Lunatic asylums United Prov. 1922-30 - 1922-1930
Year: 1922
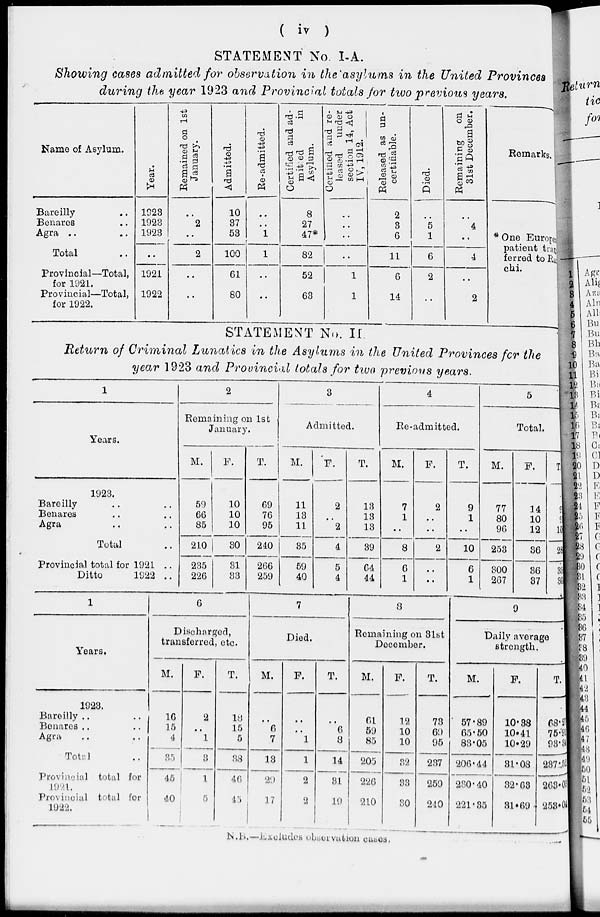
( iv )
STATEMENT No. I-A.
Showing cases admitted for observation in the asylums in the United Provinces
during the year 1923 and Provincial totals for two previous years.
Name of Asylum.
Bareilly ..
Benares ..
Agra .. ..
Total ..
Provincial—Total,
for 1921.
Provincial—Total,
for 1922.
Year.
1923
1923
1923
..
1921
1922
Remained
on 1st
January.
..
2
..
2
..
..
Admitted.
10
37
53
100
61
80
Re-admitted.
..
..
1
1
..
..
Certified and ad-
mitted
in
Asylum.
8
27
47*
82
52
63
Certified
and re-
leased under
section 14, Act
IV, 1912.
..
..
..
..
1
1
Released as un-
certifiable.
2
3
6
11
6
14
Died.
..
5
1
6
2
..
Remaining
on
31st December.
..
4
..
4
..
2
Remarks.
* One European
patient trans-
ferred to Ran-
chi.
STATEMENT No . II.
Return of Criminal Lunatics in the Asylums in the United Provinces for the
year 1923 and Provincial totals for two previous years.
1
Years.
1923.
Bareilly .. ..
Benares .. ..
Agra .. ..
Total ..
Provincial total for 1921 ..
Ditto
1922 ..
2
Remaining on 1st
January.
M.
59
66
85
210
235
226
F.
10
10
10
30
31
33
T.
69
76
95
240
266
259
3
Admitted.
M.
11
13
11
35
59
40
F.
2
..
2
4
5
4
T.
13
13
13
39
64
44
4
Re-admitted.
M.
7
1
..
8
6
1
F.
2
..
..
2
..
..
T.
9
1
..
10
6
1
5
Total.
M.
77
80
96
253
300
267
F.
14
10
12
36
36
87
T.
91
90
108
289
336
354
1
Years.
1923.
Bareilly .. ..
Benares .. ..
Agra .. ..
Total ..
Provincial total for
1921.
Provincial total for
1922.
6
Discharged,
transferred, etc.
M.
16
15
4
35
45
40
F.
2
..
1
3
1
5
T.
18
15
5
38
46
45
7
Died.
M.
..
6
7
13
29
17
F.
..
..
1
1
2
2
T.
..
6
8
14
31
19
8
Remaining on 31st
December.
M.
61
59
85
205
226
210
F.
12
10
10
32
33
30
T.
73
69
95
237
259
240
9
Daily average
strength.
M.
57.89
65.50
83.05
206.44
230.40
221.35
F.
10.38
10.41
10.29
31.08
32.63
31.69
T.
68.27
75.91
98.34
237.52
263.02
253.04
N.B.—Excludes observation
cases.